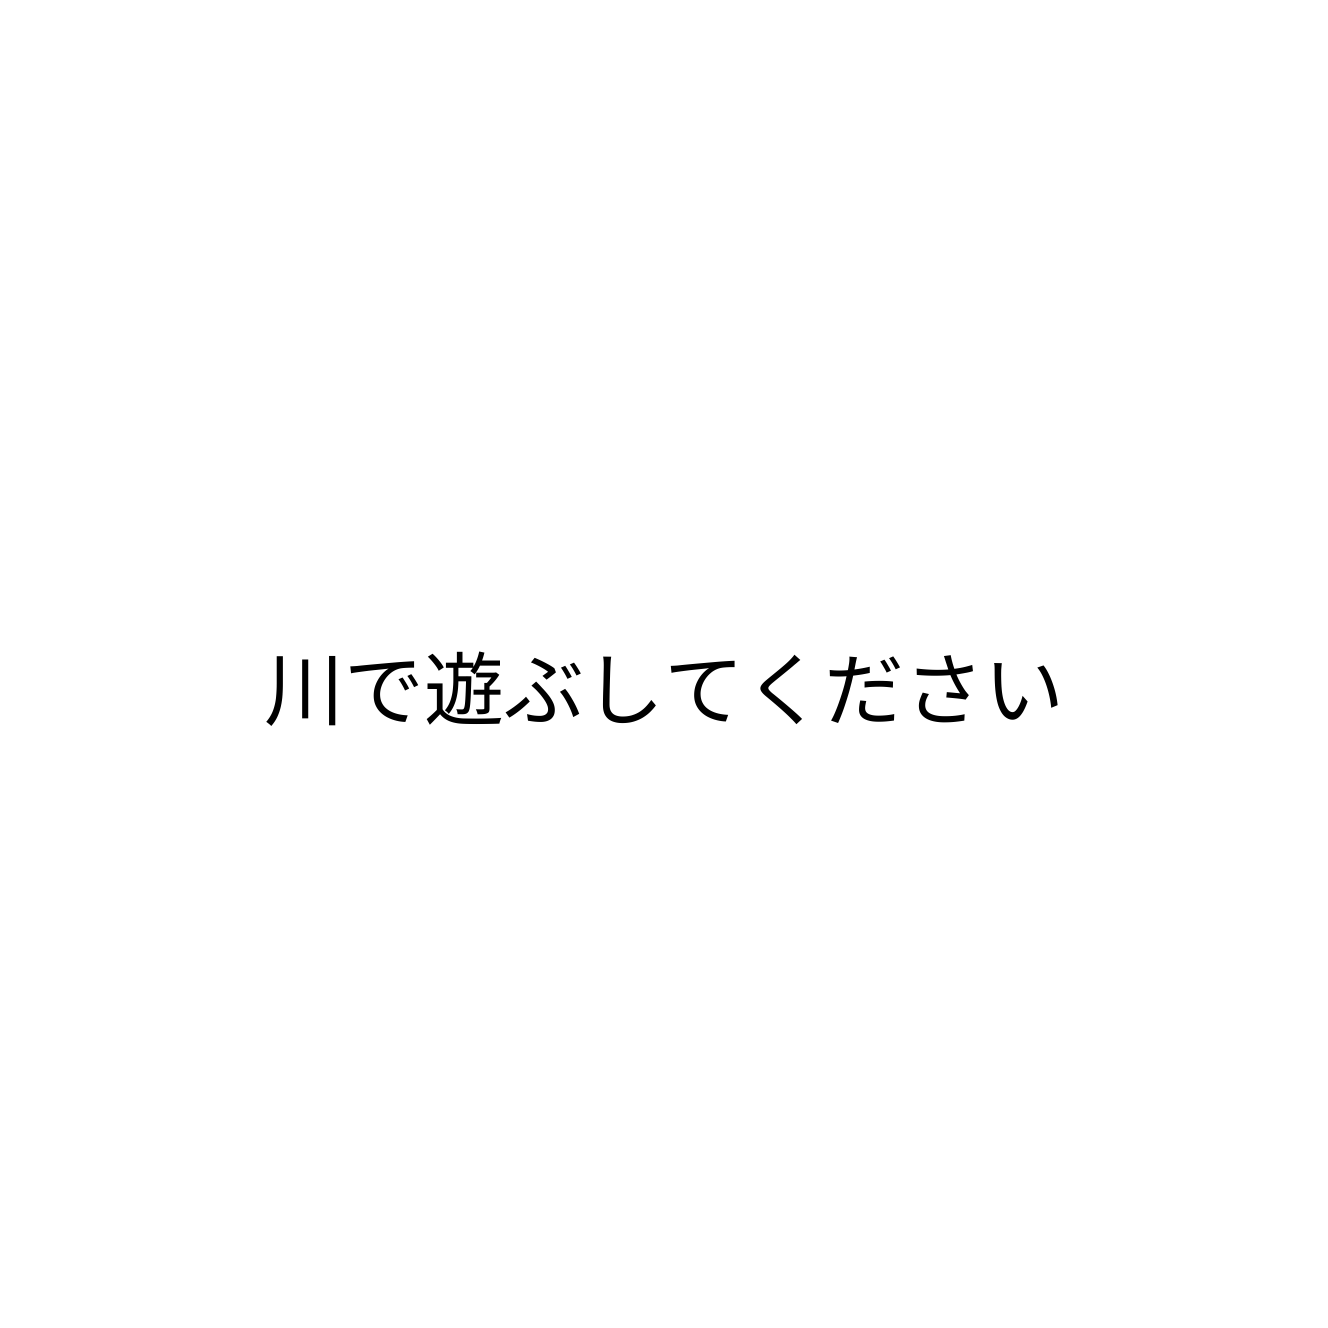
川で遊ぶしてください